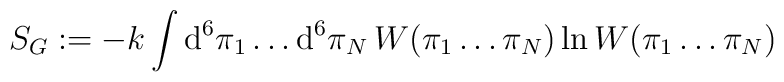
S_G:=-k\int\mbox{d}^6\pi_1\ldots\mbox{d}^6\pi_N\,W(\pi_1\ldots\pi_N)\ln W(\pi_1\ldots\pi_N)